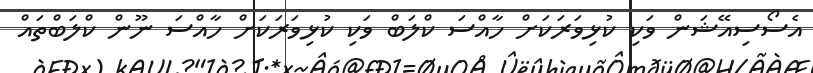
އެސޯސިއޭޝަން ވަކި ކުޅިވަރަކަށް ހާއްސަ ކްލަބް ވަކި ކުޅިވަރަކަށް ހާއްސަ ނޫން ކްލަބްތައް